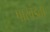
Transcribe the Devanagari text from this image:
पाखंडता